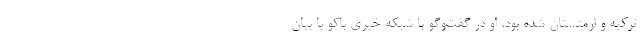
ترکیه و ارمنستان شده بود، او در گفت‌وگو با شبکه خبری باکو با بیان